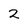
Character: 2